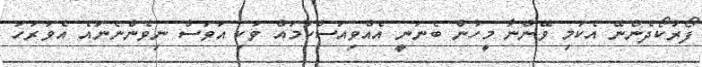
ފޯރުކޯދެންނޭ އެކަމި ވޭންނާ މީހުން ބެނަނީ އެއްވިއަސްކަމައް ވަކި އަވަސް ނިވެންނެނައެ އެވަރަހަ